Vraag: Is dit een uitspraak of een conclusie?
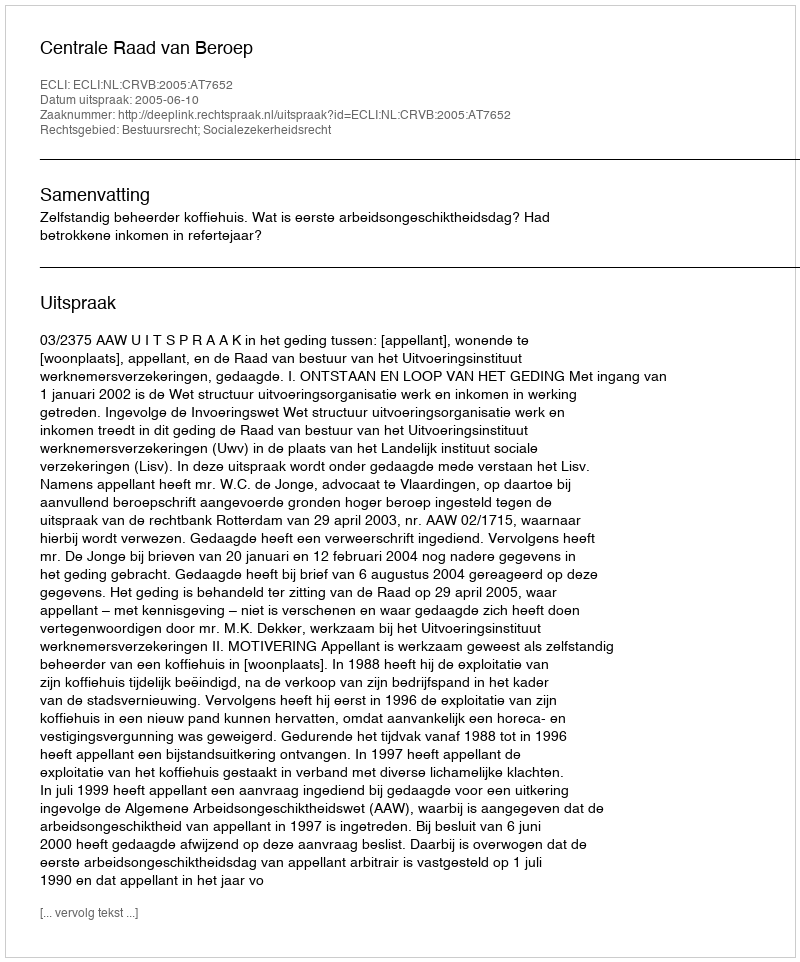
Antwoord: Uitspraak